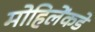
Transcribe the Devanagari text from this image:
मोहिलेंकडे